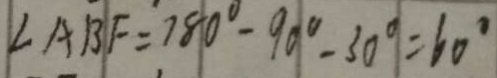
\angle A B F = 1 8 0 ^ { \circ } - 9 0 ^ { \circ } - 3 0 ^ { \circ } = 6 0 ^ { \circ }